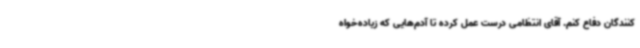
کنندگان دفاع کنم. آقای انتظامی درست عمل کرده تا آدم‌هایی که زیاده‌خواه